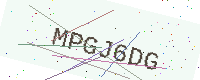
Text: MPGJ6DG